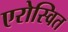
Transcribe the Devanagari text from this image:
एरोस्वित